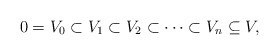
\begin{align*}0=V_0\subset V_1 \subset V_2\subset\cdots\subset V_n\subseteq V,\end{align*}